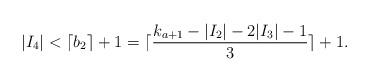
LaTeX: \begin{align*}|I_4|< \lceil b_2 \rceil +1 = \lceil\frac{k_{a+1}-|I_2|-2|I_3|-1}{3} \rceil +1.\end{align*}